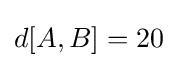
d[A,B]=20